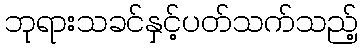
ဘုရားသခင်နှင့်ပတ်သက်သည့်